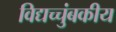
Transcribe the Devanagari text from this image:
विद्यच्चुंबकीय